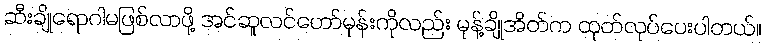
ဆီးချိုရောဂါမဖြစ်လာဖို့ အင်ဆူလင်ဟော်မုန်းကိုလည်း မုန့်ချိုအိတ်က ထုတ်လုပ်ပေးပါတယ်။